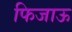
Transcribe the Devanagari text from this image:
फिजाऊ